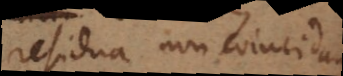
residua non coincidant.